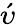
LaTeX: \acute{\upsilon}